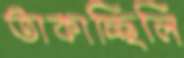
তাকাচ্ছিলি